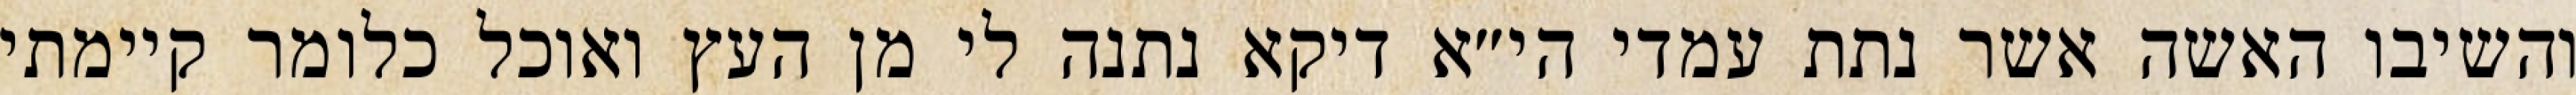
והשיבו האשה אשר נתת עמדי הי״א דיקא נתנה לי מן העץ ואוכל כלומר קיימתי